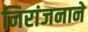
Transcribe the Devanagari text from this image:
निरांजनाने